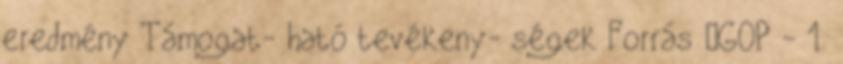
eredmény Támogat- ható tevékeny- ségek Forrás ▪GOP - 1.